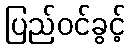
ပြည်ဝင်ခွင့်